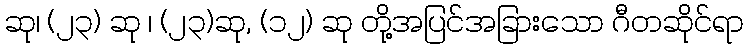
ဆု၊ (၂၃) ဆု ၊ (၂၃)ဆု, (၁၂) ဆု တို့အပြင်အခြားသော ဂီတဆိုင်ရာ